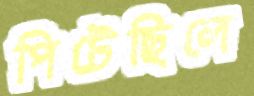
পিটেছিলে